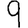
Digit: 9